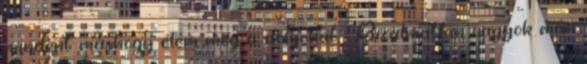
mindent máshogy élem meg a dolgokat. Bizalmatlan vagyok már